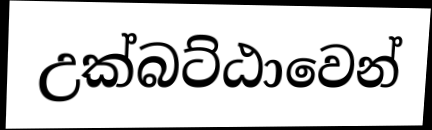
උක්බට්ඨාවෙන්